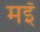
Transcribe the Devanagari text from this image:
मइँ